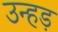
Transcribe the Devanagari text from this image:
उन्हड़